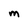
Character: M